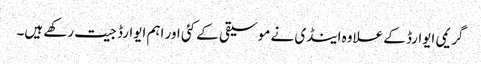
گریمی ایوارڈ کے علاوہ اینڈی نے موسیقی کے کئی اور اہم ایوارڈ جیت رکھے ہیں۔